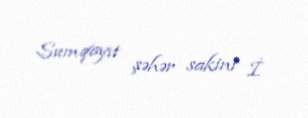
Sumqayıt şəhər sakini İ.